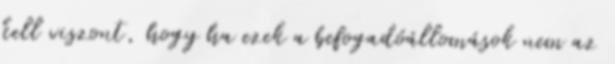
kell viszont, hogy ha ezek a befogadóállomások nem az